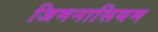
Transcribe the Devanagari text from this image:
जिमनासियम